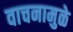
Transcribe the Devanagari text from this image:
वाचनामुळे